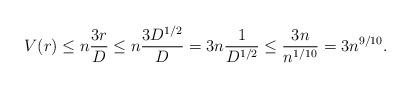
LaTeX: \begin{align*} V(r) \leq n\frac{3r}{D} \leq n\frac{3D^{1/2}}{D} = 3n \frac{1}{D^{1/2}} \leq \frac{3n}{n^{1/10}} = 3n^{9/10}.\end{align*}